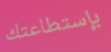
بإستطاعتك